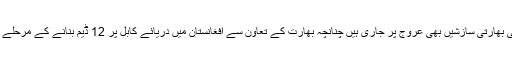
پاکستان کو بنجر بنانے کی بھارتی سازشیں بھی عروج پر جاری ہیں چنانچہ بھارت کے تعاون سے افغانستان میں دریائے کابل پر 12 ڈیم بنانے کے مرحلے پر کام شروع ہو چکا ہے۔